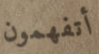
أتفهمون